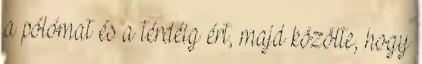
a pólómat és a térdéig ért, majd közölte, hogy